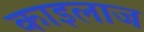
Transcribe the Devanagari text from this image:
काइलाज